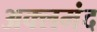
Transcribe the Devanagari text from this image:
अक्लमंद